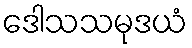
ဒေါသသမုဒယံ